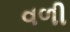
વળી